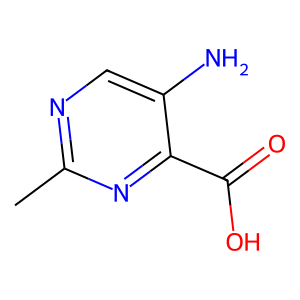
SMILES: Cc1ncc(N)c(C(=O)O)n1
Inhibits HIV replication: No